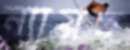
ন্যায়ত